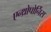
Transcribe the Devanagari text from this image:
एन्थ्रोपोर्निस